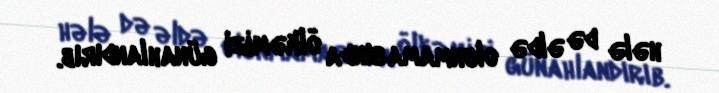
hələ də əldə olunmamasında ölkəmizi günahlandırıb.